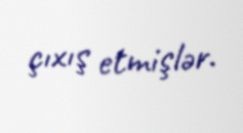
çıxış etmişlər.